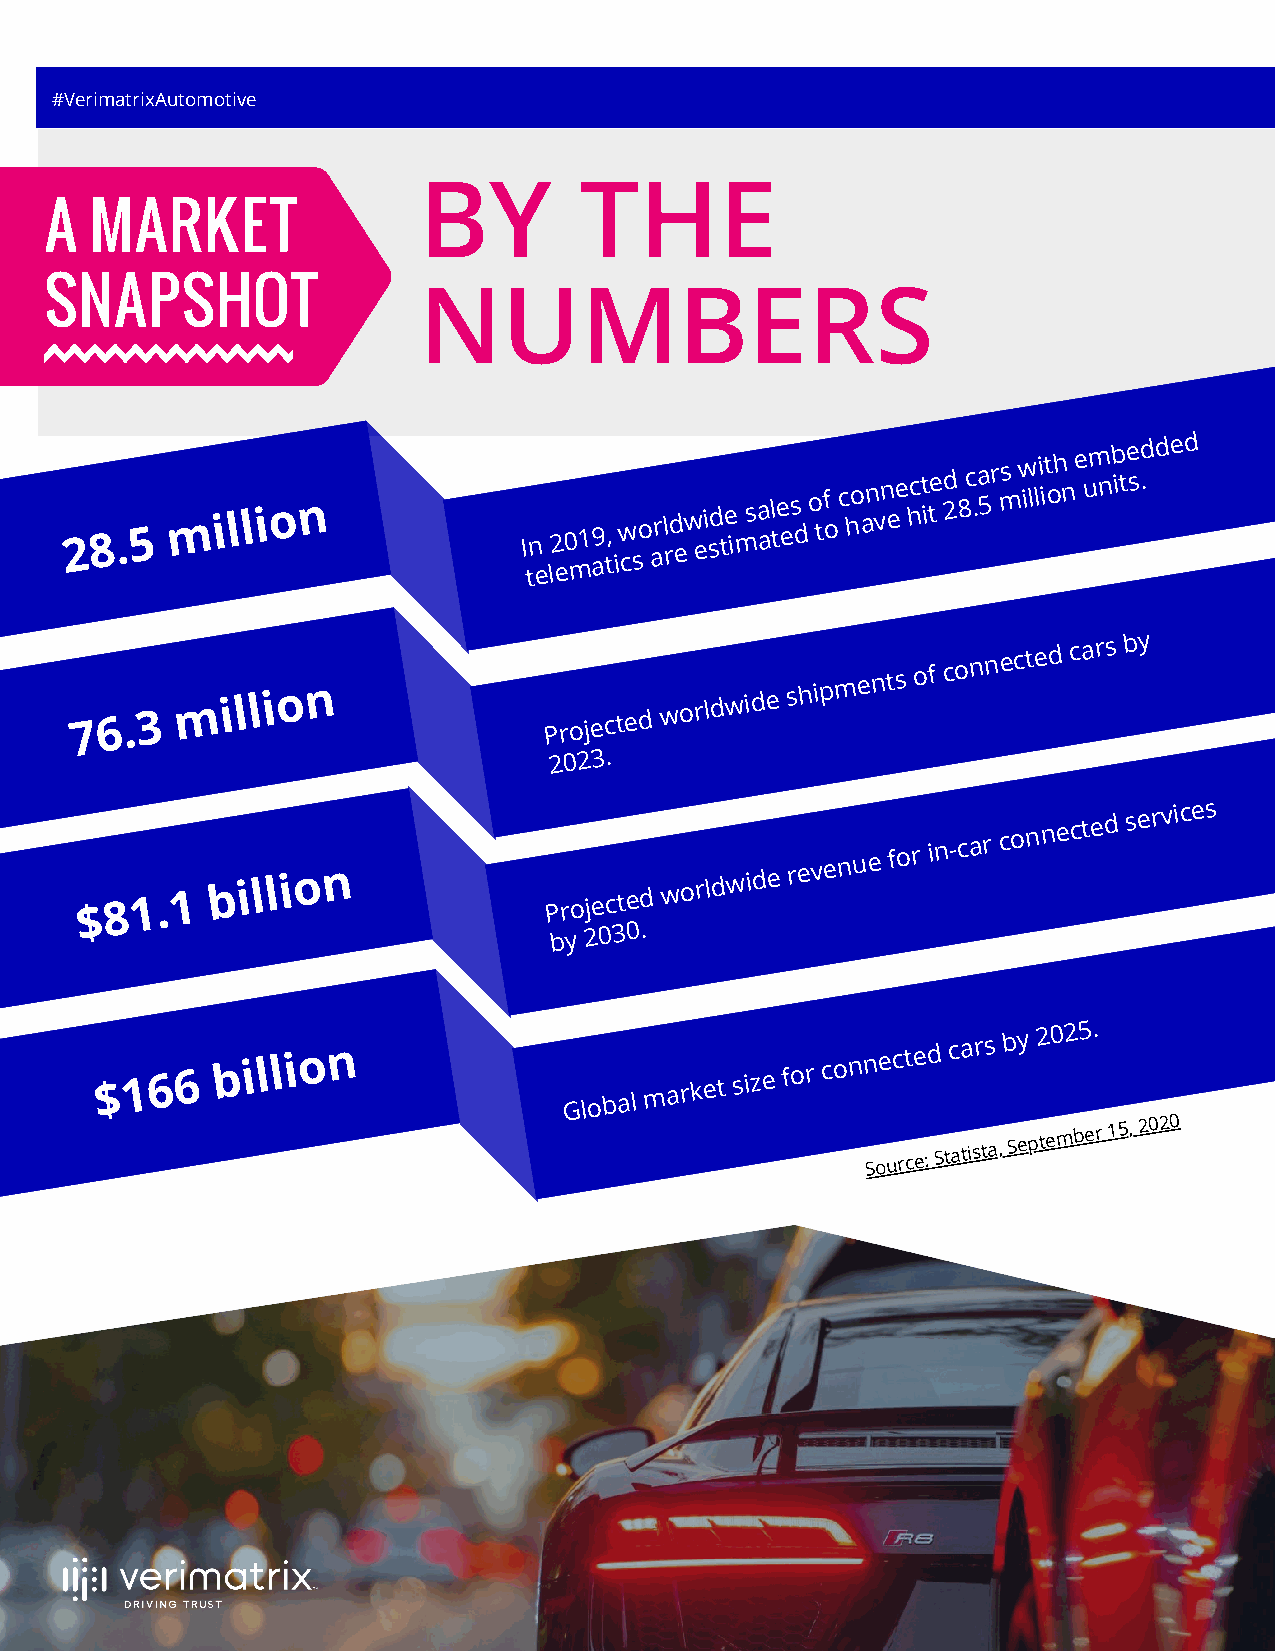
#VerimatrixAutomotive
 BY        THE
 A  MARKET
 SNAPSHOT                 NUMBERS
 2 8 . 5 m i l l i o n          I tn
 e
 l2 e0 m1 a9 t, iw cso arl rd ew ei sd te im sa al te es d o tf o c ho an vn ee hct ite d 28 c .a 5r ms w illi it oh n e um nb ite sd .
 ded
 7 6 . 3
 m  i l l i o n
 Projected
 worldwide
 shipments of
 connected
 cars by
 2023.
 $ 8 1 . 1 b i l l i o n        Projected worldwide
 revenue
 for
 in-car
 connected
 services
 by
 2030.
 $ 1 6 6 b i l l i o n
 Global
 market size for connected
 cars by
 2025.
 Source:
 Statista,
 September 15,
 2020